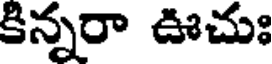
కిన్నరా ఊచుః